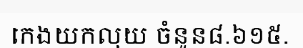
កេងយកលុយ ចំនួន៨.៦១៥.